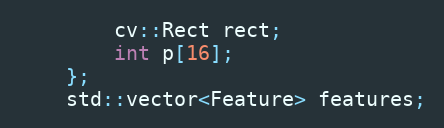
Language: C
        cv::Rect rect;
        int p[16];
    };
    std::vector<Feature> features;